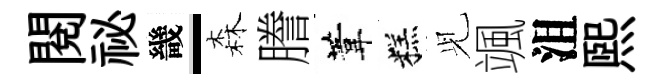
閲祕畿-森謄葦糕𫤗颯沮熙